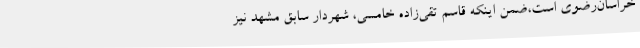
خراسان‌رضوی است،ضمن اینکه قاسم تقی‌زاده خامسی، شهردار سابق مشهد نیز